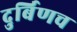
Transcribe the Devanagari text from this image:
दुर्बिणच